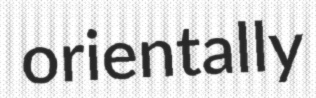
orientally